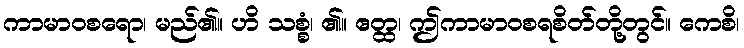
ကာမာဝစရော၊ မည်၏။ ဟိ သစ္စံ၊ ၏။ ဧတ္ထ၊ ဤကာမာဝစရစိတ်တို့တွင်။ ကေစိ၊